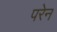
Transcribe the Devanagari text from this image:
परेन